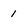
Character: 1